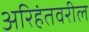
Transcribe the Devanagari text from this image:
अरिहंतवरील